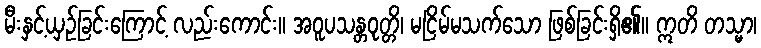
မီးနှင့်ယှဉ်ခြင်းကြောင့် လည်းကောင်း။ အဝူပသန္တဝုတ္တိ၊ မငြိမ်မသက်သော ဖြစ်ခြင်းရှိ၏။ ဣတိ တသ္မာ၊